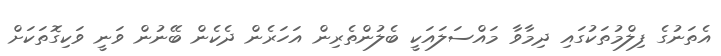
އެތަނުގެ ފިލްމުތަކުގައި ދިމާވާ މައްސަލައަކީ ބެލުންތެރިން އަހަރެން ދެކެން ބޭނުން ވަނީ ވަކިގޮތަކަށް